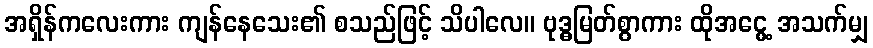
အရှိန်ကလေးကား ကျန်နေသေး၏ စသည်ဖြင့် သိပါလေ။ ဗုဒ္ဓမြတ်စွာကား ထိုအငွေ့ အသက်မျှ